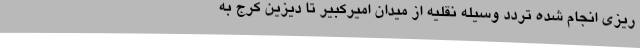
ریزی انجام شده تردد وسیله نقلیه از میدان امیرکبیر تا دیزین کرج به